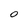
Character: 0